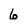
Character: 6